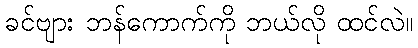
ခင်ဗျား ဘန်ကောက်ကို ဘယ်လို ထင်လဲ။